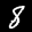
Label: 8